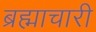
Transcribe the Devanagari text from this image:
ब्रह्माचारी